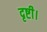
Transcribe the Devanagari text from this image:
दृष्टी।